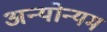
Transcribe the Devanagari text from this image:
अन्योन्यम